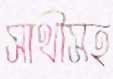
সাথীসহ